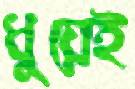
ধুয়েই